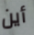
أين